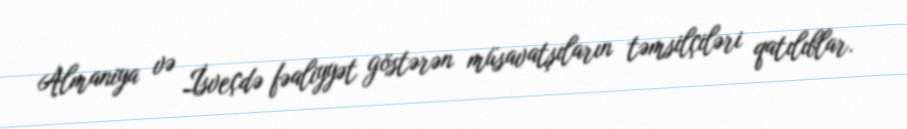
Almaniya və İsveçdə fəaliyyət göstərən müsavatşıların təmsilçiləri qatılıblar.